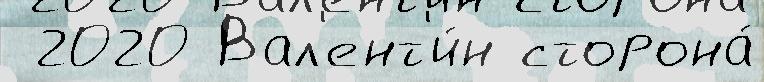
 2020 Вал'ент'и́н сторона́